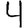
Digit: 4